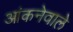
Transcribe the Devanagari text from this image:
आंकनेवाले